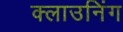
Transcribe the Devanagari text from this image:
क्लाउनिंग